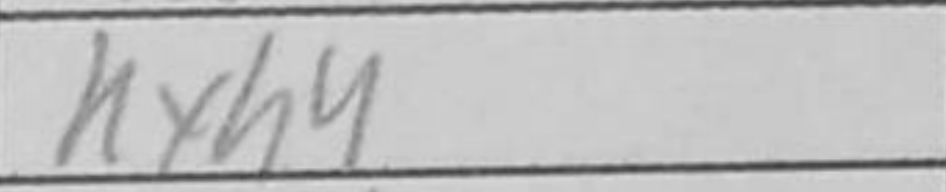
Transcription: e5